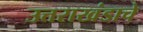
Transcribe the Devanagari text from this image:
उत्तराखंडाचे